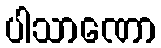
ပါသာဏော